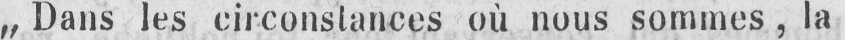
„Dans les circonstances où nous sommes, la